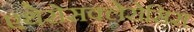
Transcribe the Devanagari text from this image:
एथेरोसक्लेरोसिस